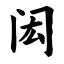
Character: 闳